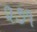
૨૭૧